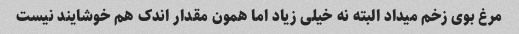
مرغ بوی زخم میداد البته نه خیلی زیاد اما همون مقدار اندک هم خوشایند نیست